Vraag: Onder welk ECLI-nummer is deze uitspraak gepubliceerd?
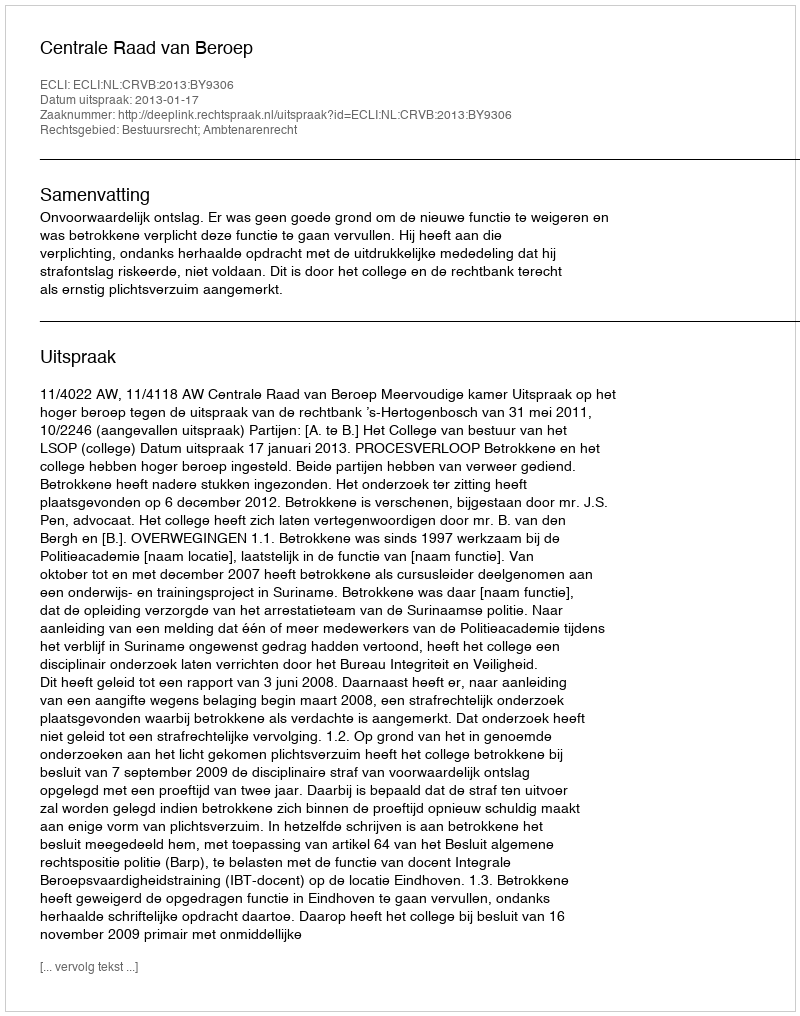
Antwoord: ECLI:NL:CRVB:2013:BY9306